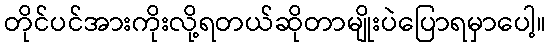
တိုင်ပင်အားကိုးလို့ရတယ်ဆိုတာမျိုးပဲပြောရမှာပေါ့။